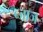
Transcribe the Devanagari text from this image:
ब्जाज